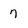
Character: 7